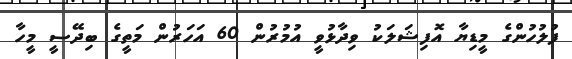
ފުލުހުންގެ މީޑިޔާ އޮފިޝަލަކު ވިދާޅުވީ އުމުރުން 60 އަހަރުން މަތީގެ ބިދޭސީ މީހާ